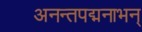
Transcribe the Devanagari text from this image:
अनन्तपद्मनाभन्